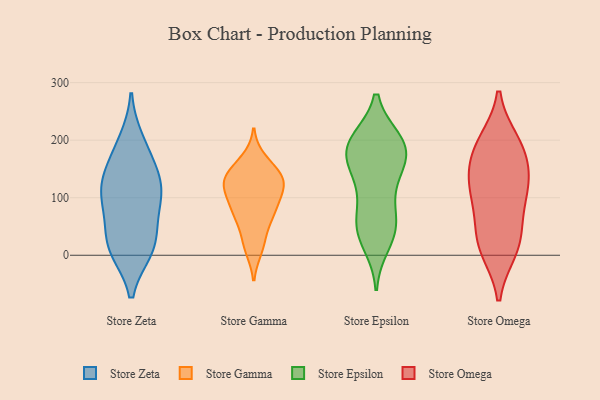
{"axis": {"x": "Page Views", "y": "Value"}, "legend": ["Store Epsilon", "Store Gamma", "Store Omega", "Store Zeta"], "data": [{"x": "", "y": 14, "type": "Store Zeta"}, {"x": "", "y": 10, "type": "Store Zeta"}, {"x": "", "y": 111, "type": "Store Zeta"}, {"x": "", "y": 177, "type": "Store Zeta"}, {"x": "", "y": 114, "type": "Store Zeta"}, {"x": "", "y": 137, "type": "Store Zeta"}, {"x": "", "y": 90, "type": "Store Zeta"}, {"x": "", "y": 135, "type": "Store Zeta"}, {"x": "", "y": 12, "type": "Store Zeta"}, {"x": "", "y": 32, "type": "Store Zeta"}, {"x": "", "y": 198, "type": "Store Zeta"}, {"x": "", "y": 77, "type": "Store Zeta"}, {"x": "", "y": 12, "type": "Store Gamma"}, {"x": "", "y": 73, "type": "Store Gamma"}, {"x": "", "y": 165, "type": "Store Gamma"}, {"x": "", "y": 95, "type": "Store Gamma"}, {"x": "", "y": 25, "type": "Store Gamma"}, {"x": "", "y": 137, "type": "Store Gamma"}, {"x": "", "y": 70, "type": "Store Gamma"}, {"x": "", "y": 73, "type": "Store Gamma"}, {"x": "", "y": 124, "type": "Store Gamma"}, {"x": "", "y": 122, "type": "Store Gamma"}, {"x": "", "y": 129, "type": "Store Gamma"}, {"x": "", "y": 119, "type": "Store Gamma"}, {"x": "", "y": 147, "type": "Store Gamma"}, {"x": "", "y": 50, "type": "Store Epsilon"}, {"x": "", "y": 180, "type": "Store Epsilon"}, {"x": "", "y": 197, "type": "Store Epsilon"}, {"x": "", "y": 155, "type": "Store Epsilon"}, {"x": "", "y": 51, "type": "Store Epsilon"}, {"x": "", "y": 198, "type": "Store Epsilon"}, {"x": "", "y": 59, "type": "Store Epsilon"}, {"x": "", "y": 114, "type": "Store Epsilon"}, {"x": "", "y": 175, "type": "Store Epsilon"}, {"x": "", "y": 45, "type": "Store Epsilon"}, {"x": "", "y": 195, "type": "Store Epsilon"}, {"x": "", "y": 193, "type": "Store Epsilon"}, {"x": "", "y": 120, "type": "Store Epsilon"}, {"x": "", "y": 21, "type": "Store Epsilon"}, {"x": "", "y": 166, "type": "Store Epsilon"}, {"x": "", "y": 184, "type": "Store Omega"}, {"x": "", "y": 109, "type": "Store Omega"}, {"x": "", "y": 10, "type": "Store Omega"}, {"x": "", "y": 191, "type": "Store Omega"}, {"x": "", "y": 125, "type": "Store Omega"}, {"x": "", "y": 98, "type": "Store Omega"}, {"x": "", "y": 27, "type": "Store Omega"}, {"x": "", "y": 13, "type": "Store Omega"}, {"x": "", "y": 156, "type": "Store Omega"}, {"x": "", "y": 52, "type": "Store Omega"}, {"x": "", "y": 128, "type": "Store Omega"}, {"x": "", "y": 196, "type": "Store Omega"}]}